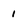
Character: 1